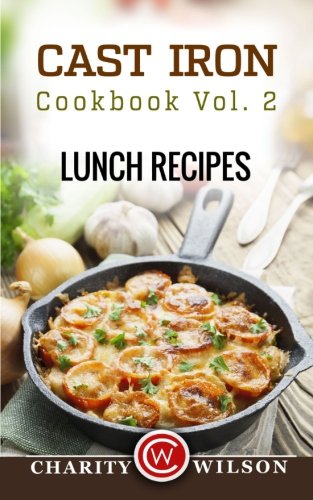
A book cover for Cast Iron Cookbook: Vol.2 Lunch Recipes; Charity Wilson; Cookbooks, Food & Wine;